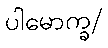
ပါမောက္ခ/